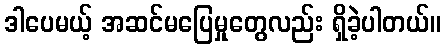
ဒါပေမယ့် အဆင်မပြေမှုတွေလည်း ရှိခဲ့ပါတယ်။